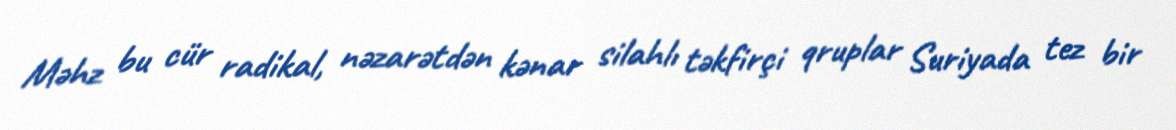
Məhz bu cür radikal, nəzarətdən kənar silahlı təkfirçi qruplar Suriyada tez bir